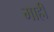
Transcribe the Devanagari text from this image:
माहीं